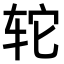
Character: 𫟤